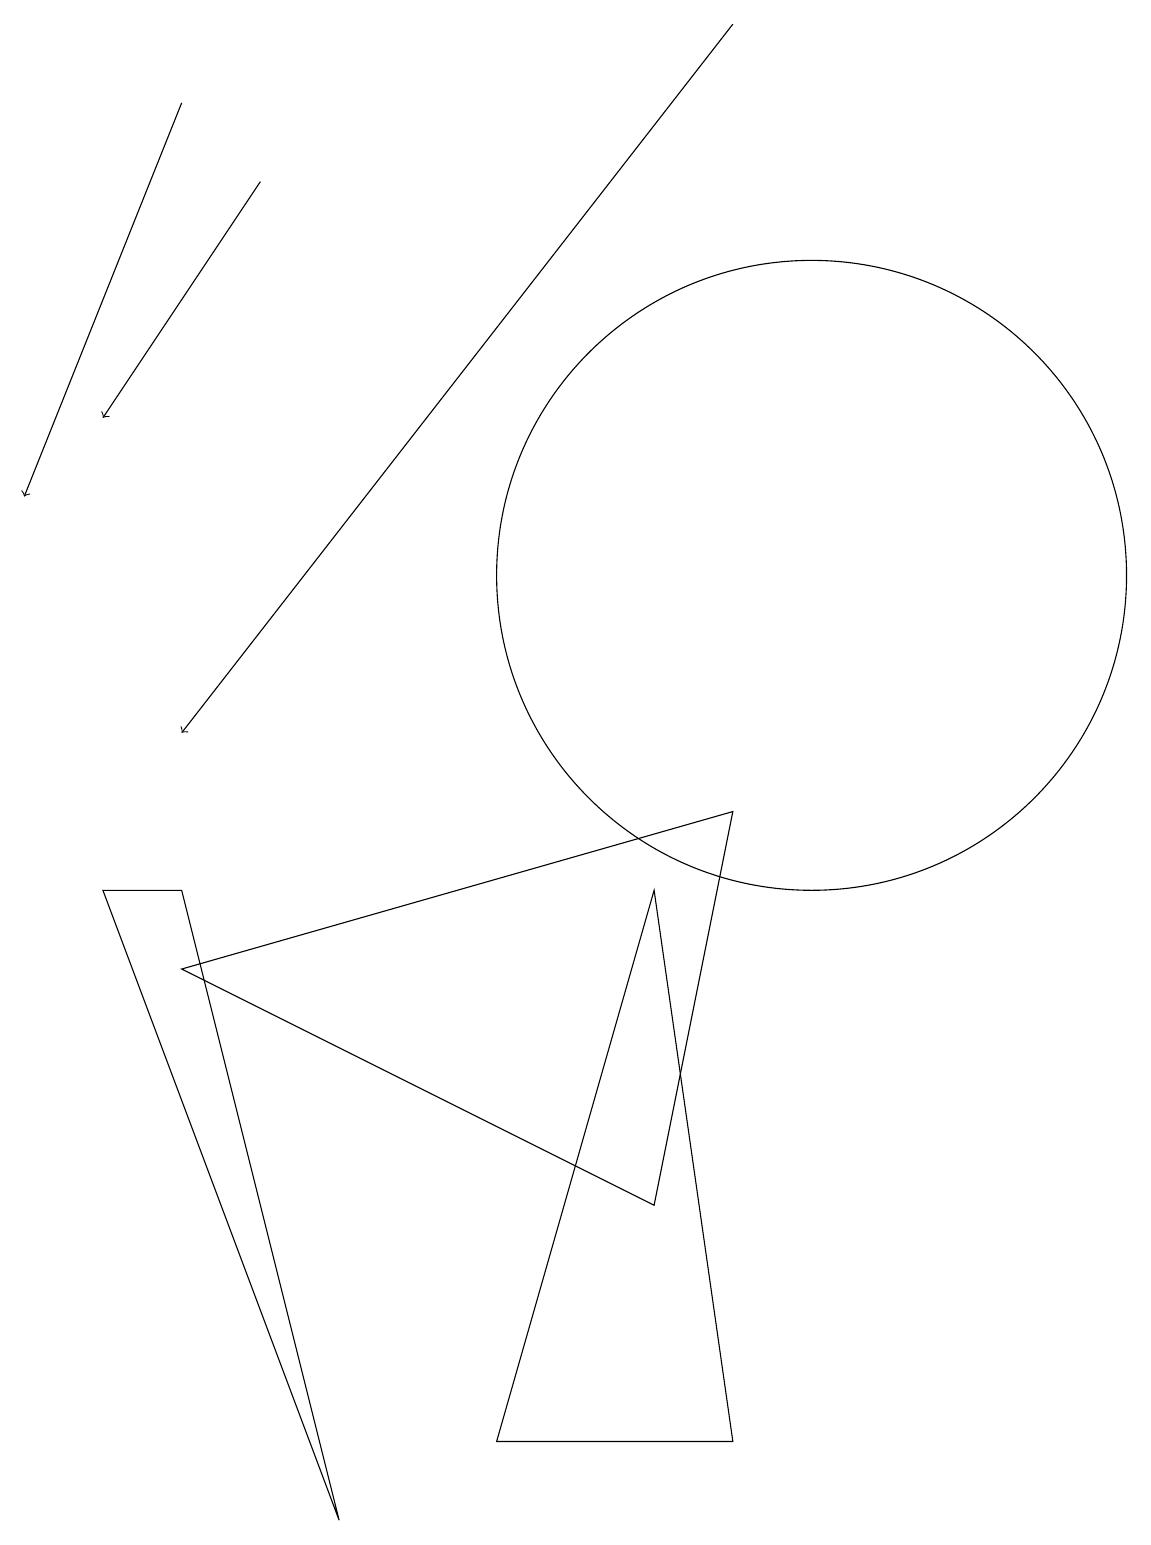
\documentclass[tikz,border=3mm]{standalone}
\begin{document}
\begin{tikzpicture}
\draw[->] (3,17) -- (1,14);
\draw (10,12) circle (4);
\draw[->] (2,18) -- (0,13);
\draw (6,1) -- (9,1) -- (8,8) -- cycle;
\draw (2,7) -- (9,9) -- (8,4) -- cycle;
\draw (2,8) -- (1,8) -- (4,0) -- cycle;
\draw[->] (9,19) -- (2,10);
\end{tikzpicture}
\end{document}